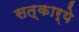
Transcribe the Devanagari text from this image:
सत्कार्ये